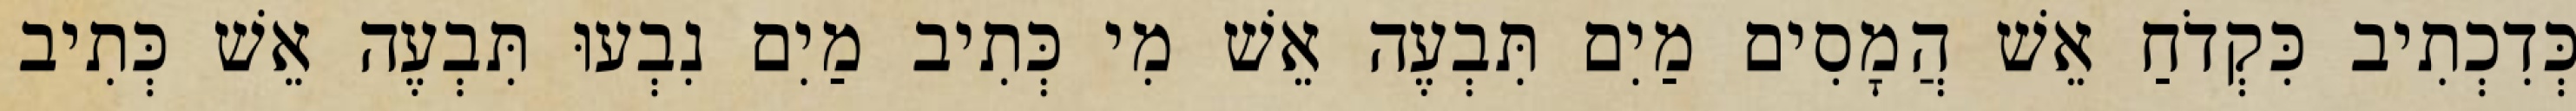
כְּדִכְתִיב כִּקְדֹחַ אֵשׁ הֲמָסִים מַיִם תִּבְעֶה אֵשׁ מִי כְּתִיב מַיִם נִבְעוּ תִּבְעֶה אֵשׁ כְּתִיב